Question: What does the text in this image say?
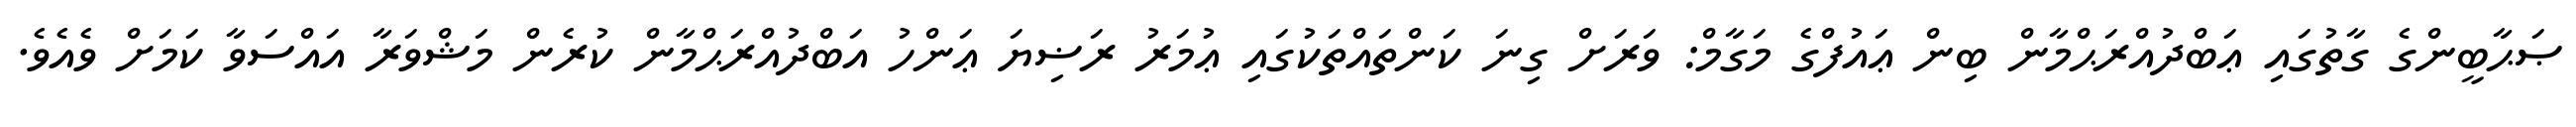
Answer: ޞަޙާބީންގެ ގާތުގައި ޢަބްދުއްރަޙްމާން ބިން ޢައުފްގެ މަގާމް: ވަރަށް ގިނަ ކަންތައްތަކުގައި ޢުމަރު ރަޟިޔަ ޢަންހު އަބްދުއްރަޙްމާން ކުރެން މަޝްވަރާ އައްސަވާ ކަމަށް ވެއެވެ.